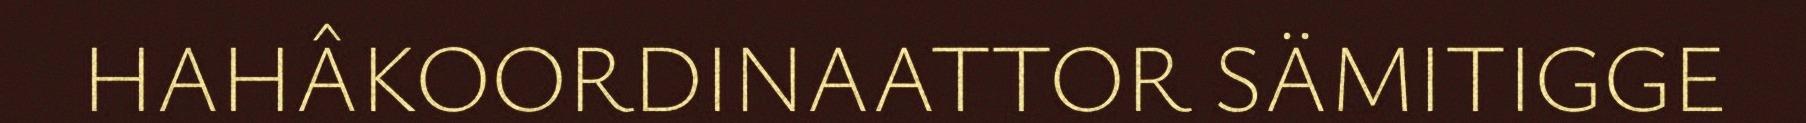
HAHÂKOORDINAATTOR SÄMITIGGE